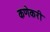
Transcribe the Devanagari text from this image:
कणेकरी